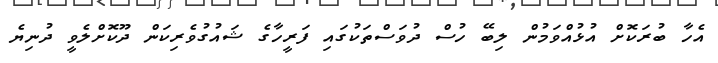
އެހާ ބުރަކޮށް އުޅުއްވަމުން ލިބޭ ހުސް ދުވަސްތަކުގައި ފަރީހާގެ ޝައުގުވެރިކަން ދޫކޮށްލެވީ ދުނިޔެ